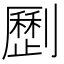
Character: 𠠝